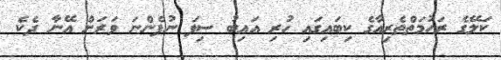
ކަލޭގެ ރަހުމަތްތެރިއާގެ ކިބައިގައި ހުރި އައިބު ސިފަ ނުފެންނަ ވަރަށް އޭނާ ދެކެ